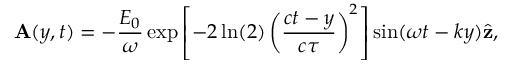
\mathbf { A } ( y , t ) = - \frac { E _ { 0 } } { \omega } \exp \left[ - 2 \ln ( 2 ) \left( \frac { c t - y } { c \tau } \right) ^ { 2 } \right] \sin ( \omega t - k y ) \hat { \mathbf { z } } ,